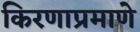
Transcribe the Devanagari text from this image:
किरणाप्रमाणे